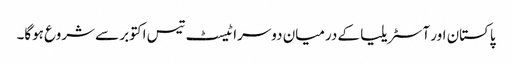
پاکستان اور آسٹریلیا کے درمیان دوسرا ٹیسٹ تیس اکتوبر سے شروع ہوگا۔